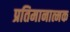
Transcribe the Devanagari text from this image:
प्रतिमानात्मक